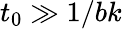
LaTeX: t_{0}\gg 1/bk